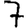
Digit: 7